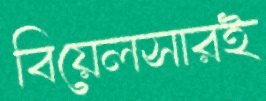
বিয়েলসারই